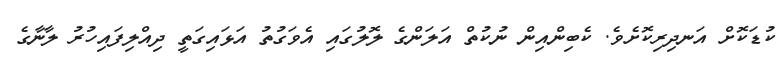
ކުޑަކޮށް އަނދިރިކޮށެވެ. ކެބިންއިން ނުކުތް އަލަންގެ ލޮލުގައި އެވަގުތު އަޅައިގަތީ ދިއްލިފައިހުރު ލާނާގެ